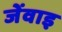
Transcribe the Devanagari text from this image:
जेंवाइ